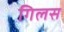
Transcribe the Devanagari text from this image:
गिलस